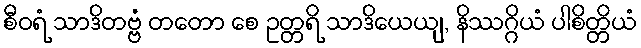
စီဝရံ သာဒိတဗ္ဗံ တတော စေ ဥတ္တရိ သာဒိယေယျ, နိဿဂ္ဂိယံ ပါစိတ္တိယံ